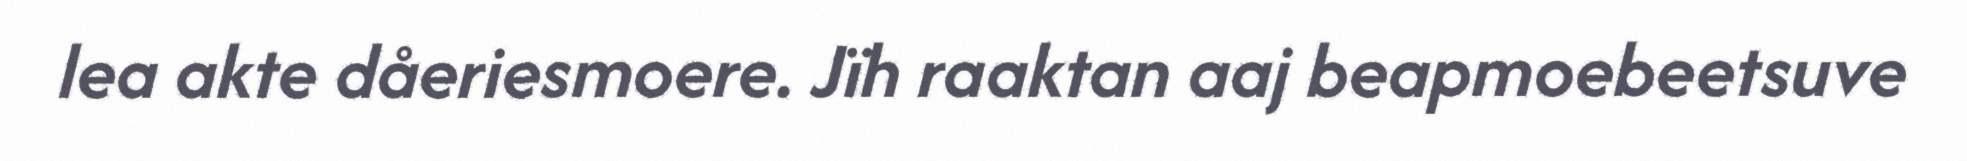
lea akte dåeriesmoere. Jïh raaktan aaj beapmoebeetsuve